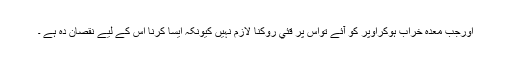
اورجب معدہ خراب ہوکراوپر کو آئے تواس پر قئي روکنا لازم نہيں کیونکہ ایسا کرنا اس کے لیے نقصان دہ ہے ۔